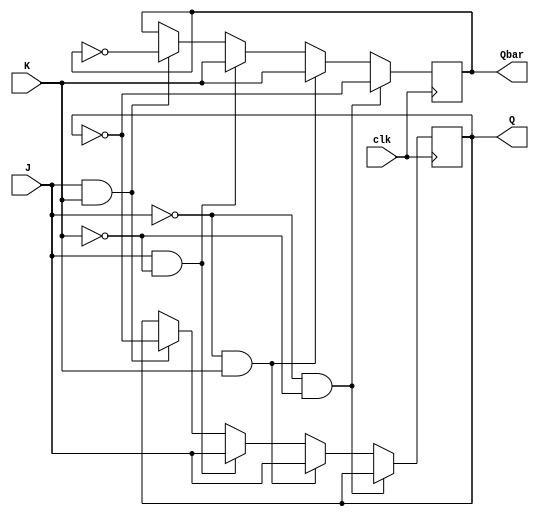
module JK_FF_PEdge(Q, Qbar, J, K, clk);
	
	output Q, Qbar;
	input J, K, clk;
	reg Q, Qbar;
	

	always @(posedge clk)
		begin
			if(~J && ~K)
				begin
					Q <= Q;
					Qbar <= ~Q;
				end
			else if(~J && K)
				begin
					Q <= J;
					Qbar <= K;
				end
			else if(J && ~K)
				begin
					Q <= J;
					Qbar <= K;
				end
			else if(J && K)
				begin
					Q <= ~Q;
					Qbar <= ~Qbar;
				end
		end
	
endmodule